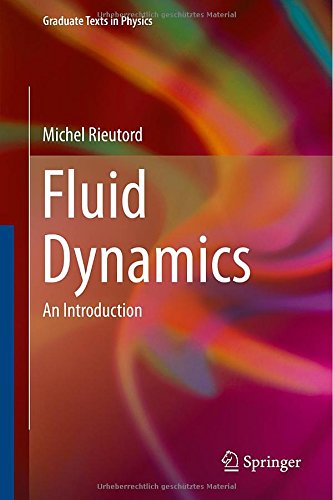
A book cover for Fluid Dynamics: An Introduction (Graduate Texts in Physics); Michel Rieutord; Science & Math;